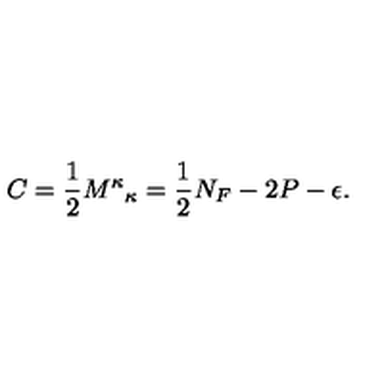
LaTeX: C = \frac { 1 } { 2 } { M ^ { \kappa } } _ { \kappa } = \frac { 1 } { 2 } N _ { F } - 2 P - \epsilon .